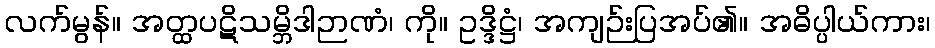
လက်မွန်။ အတ္ထပဋိသမ္ဘိဒါဉာဏံ၊ ကို။ ဥဒ္ဒိဋ္ဌံ၊ အကျဉ်းပြအပ်၏။ အဓိပ္ပါယ်ကား၊